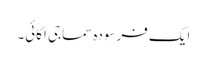
ایک فرسودہ سماجی اکائی۔